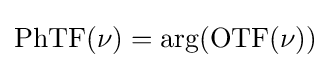
\mathrm {PhTF} (\nu )=\mathrm {arg} (\mathrm {OTF} (\nu ))